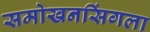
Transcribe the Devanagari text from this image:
समोखनसिंगला